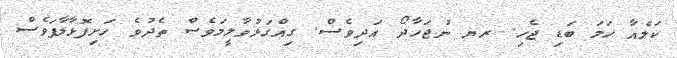
ކަލެއާ ހަމަ ބަޑި ޖެހި. ރޔ ނުޖަހާދޯ އަދިވެސް. ގިއްގަޅުވާލީމަވެސް ތެދުވެ ހަށިފޮޅާލާފަވެސް